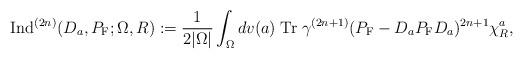
LaTeX: \begin{align*}{\rm Ind}^{(2n)}(D_a,P_{\rm F};\Omega,R):=\frac{1}{2|\Omega|}\int_\Omega dv(a) \;{\rm Tr}\;\gamma^{(2n+1)}(P_{\rm F}-D_aP_{\rm F}D_a)^{2n+1}\chi_R^a,\end{align*}